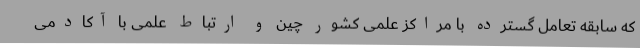
که سابقه تعامل گسترده با مراکز علمی کشور چین و ارتباط علمی با آکادمی